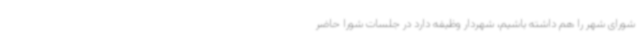
شورای شهر را هم داشته باشیم، شهردار وظیفه دارد در جلسات شورا حاضر